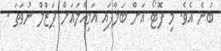
ބުނެ އެވެ. މި ފޮޓޯ އަށް ބަލާފައި އަމިއްލައަށް ޕަޒްލް ނުވަތަ .